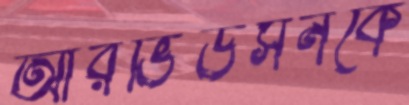
আরভিডসনকে